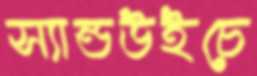
স্যান্ডউইচে